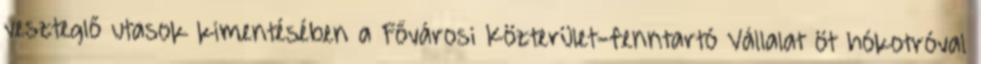
veszteglő utasok kimentésében a Fővárosi Közterület-fenntartó Vállalat öt hókotróval